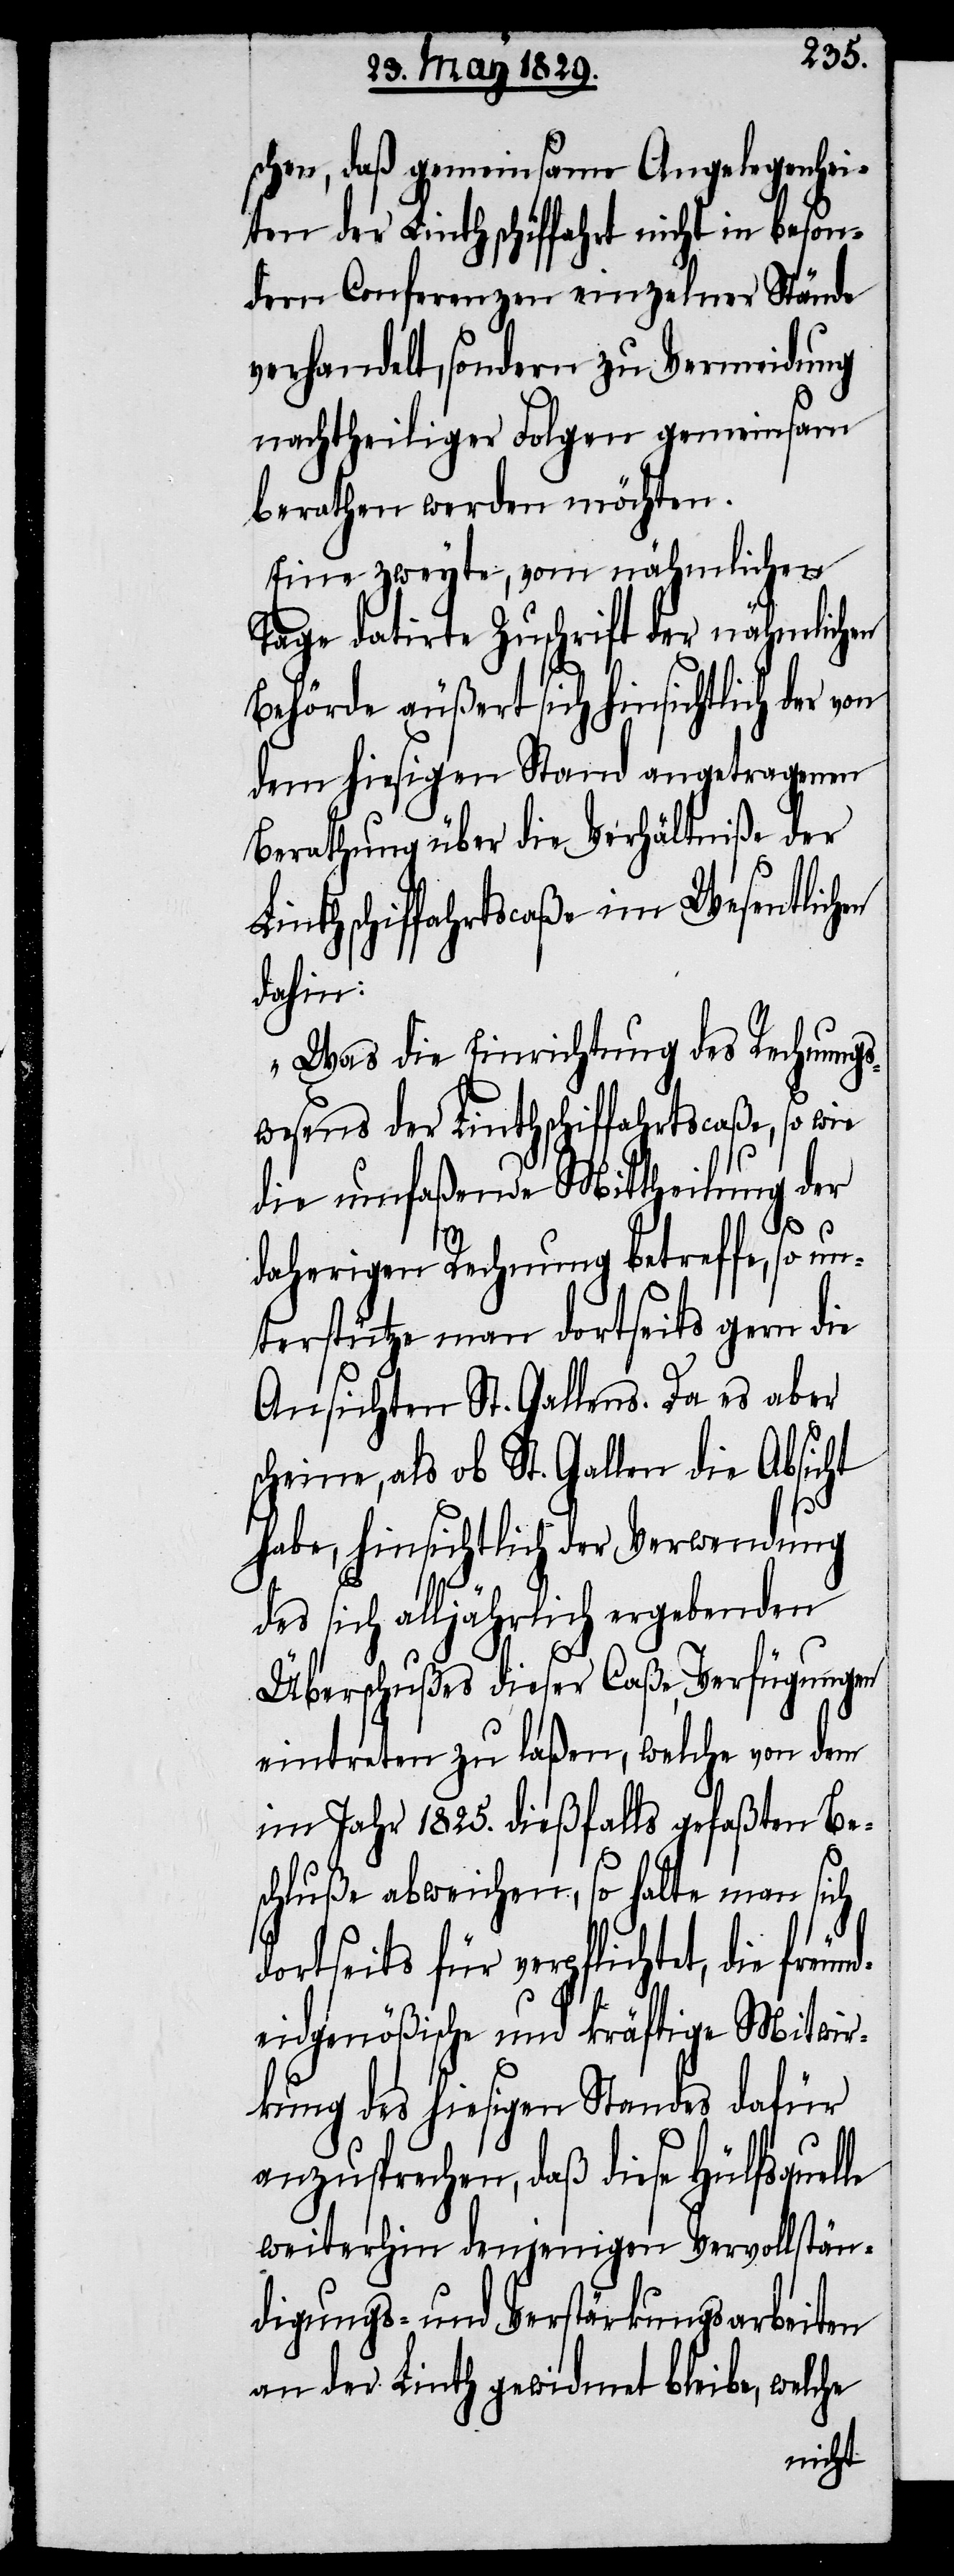
schen, daß gemeinsame Angelegenhei¬
ten der Linthschiffahrt nicht in beson¬
dern Conferenzen einzelner Stände
verhandelt, sondern zu Vermeidung
nachtheiliger Folgen gemeinsam
berathen werden möchten.
Eine zweyte, von nähmlichem
Tage datirte Zuschrift der nähmlichen
Behörde äußert sich hinsichtlich der
dem hiesigen Stand angetragenen
Berathung über die Verhältniße der
Linthschiffahrtscaße im Wesentlichen
dahin:
„Was die Einrichtung des Rechnungs¬
wesens der Linthschiffahrtscaße, so wie
die umfaßende Mittheilung der
daherigen Rechnung betreffe, so un¬
terstütze man dortseits gern die
Ansichten St. Gallens. Da es aber
scheine, als ob St. Gallen die Absicht
habe, hinsichtlich der Verwendung
des sich alljährlich ergebenden
Überschußes dieser Caße, Verfügungen
eintreten zu laßen, welche von dem
im Jahr 1825. dießfalls gefaßten Be¬
schluße abweichen, so halte man sich
dortseits für verpflichtet, die freun¬
deidgenößische und kräftige Mitwir¬
kung des hiesigen Standes dafür
anzusprechen, daß diese Hülfsquelle
weiterhin denjenigen Vervollstän¬
digungs- und Verstärkungsarbeiten
an der Linth gewidmet bleibe, welche